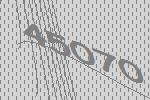
45070